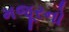
મજૂરનો